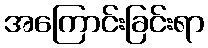
အကြောင်းခြင်းရာ